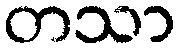
တသာ